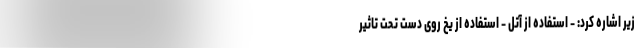
زیر اشاره کرد: - استفاده از آتل - استفاده از یخ روی دست تحت تاثیر